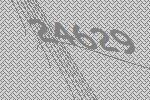
24629